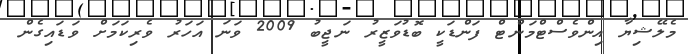
މެލޭޝިޔާ އިންވެސްޓްމަންޓް ފަންޑަކީ ބޮޑުވަޒީރު ނަޖީބު 2009 ވަނަ އަހަރު ވެރިކަމަށް ވަޑައިގެން